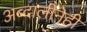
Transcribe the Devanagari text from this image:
अब्दालीनेही